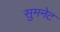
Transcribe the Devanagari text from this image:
सुमनेट